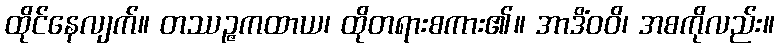
ထိုင်နေလျက်။ တဿဉ္ဇကထာယ၊ ထိုတရားစကား၏။ အာဒိံဝဝိ၊ အစကိုလည်း။